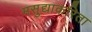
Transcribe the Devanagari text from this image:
मसुद्याकरिता